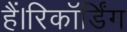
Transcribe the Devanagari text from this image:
हैं।रिकॉर्डिंग